Annual administration report of the Civil Veterinary Department of India - 1897-1898
Year: 1897
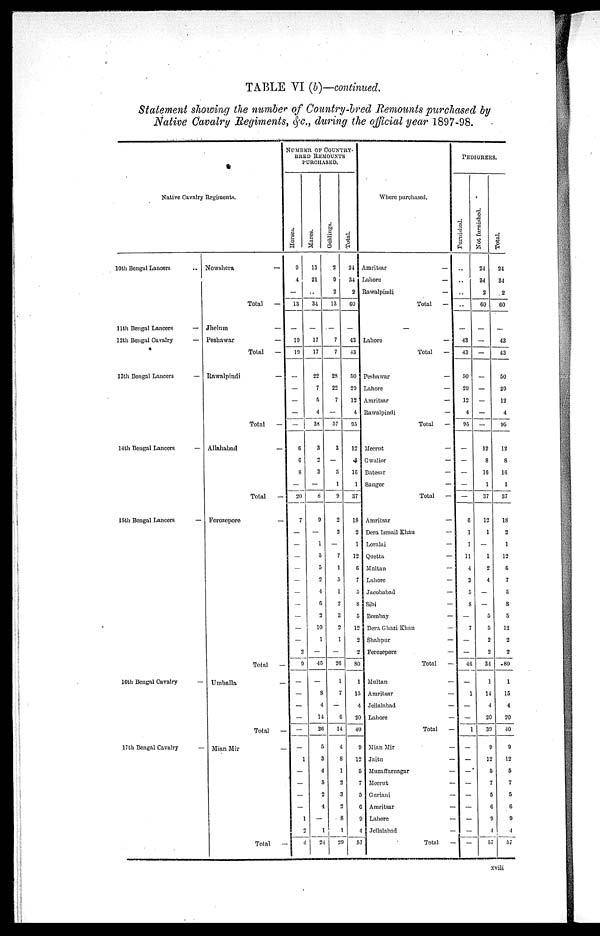
TABLE VI (b)—continued.
Statement showing the number of Country-bred Remounts purchased by
Native Cavalry Regiments, &c., during the official year 1897-98.
Native Cavalry Regiments.
10th Bengal Lancers ..
11th Bengal Lancers
—
12th Bengal Cavalry
—
13th Bengal Lancers
—
14th Bengal Lancers
—
15th Bengal Lancers
—
16th Bengal Cavalry
—
17th Bengal Cavalry
—
Nowshera
—
Total
—
Jhelum
—
Peshawar
—
Total
—
Rawalpindi
—
Total
—
Allahabad
—
Total
—
Forozepore —
Total
—
Umballa
—
Total
—
Mian Mir —
Total
—
NUMBER OF COUNTRY¬
BRED REMOUNTS
PURCHASED.
Hor s es .
9
4
—
13
—
19
19
—
—
—
—
—
6
6
8
—
20
7
—
—
—
—
—
—
—
—
—
—
2
9
—
—
—
—
—
—
1
—
—
—
—
1
2
4
Mar es .
13
21
..
34
—
17
17
22
7
5
4
38
3
2
3
—
8
9
—
1
5
5
2
4
6
2
10
1
—
45
—
8
4
14
26
5
3
4
5
2
4
—
1
24
Geldings.
2
9
2
13
—
7
7
28
22
7
—
57
3
—
5
1
9
2
2
—
7
1
5
1
2
3
2
1
—
26
1
7
—
6
14
4
8
1
2
3
2
8
1
29
Tot al .
24
34
2
60
—
43
43
50
29
12
4
95
12
8
16
1
37
18
2
1
12
6
7
5
8
5
12
2
2
80
1
15
4
20
40
9
12
5
7
5
6
9
4
57
Where purchased.
Amritsar
—
Lahore
—
Rawalpindi
—
Total
—
Lahore
—
Total
—
Peshawar
—
Lahore
—
Amritsar
—
Rawalpindi
—
Total
—
Meerut
—
Gwalior
—
Batesar
—
Saugor
—
Total
—
Amritsar
—
Dera Ismail Khan
—
Loralai
—
Quetta
—
Multan
—
Lahore
—
Jacobabad
—
Sibi
—
Bombay
—
Dera Ghazi
Khan
—
Shahpur
—
Forozepore
—
Total
—
Multan
—
Amritsar
—
Jellalabad
—
Lahore
—
Total
—
Mian Mir
—
Jaitu
—
Muzaffarnagar
—
Meerut
—
Guriani
—
Amritsar
—
Lahore
—
Jellalabad
—
Total
—
PEDIGREES.
Furnished.
..
..
..
..
—
43
43
50
29
12
4
95
—
—
—
—
—
6
1
1
11
4
3
5
8
—
7
—
—
46
—
1
—
—
1
—
—
—
—
—
—
—
—
—
Not furnished.
24
34
2
60
—
—
—
—
—
—
—
—
12
8
16
1
37
12
1
—
1
2
4
—
—
5
5
2
2
34
1
14
4
20
39
9
12
5
7
5
6
9
4
57
Tot al .
24
34
2
60
—
43
43
50
29
12
4
95
12
8
16
1
37
18
3
1
12
6
7
5
8
5
12
2
2
80
1
15
4
20
40
9
12
5
7
5
6
9
4
57
xvili